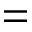
=